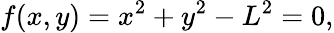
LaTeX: f(x,y)=x^{2}+y^{2}-L^{2}=0,